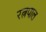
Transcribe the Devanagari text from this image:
रत्नपाल